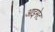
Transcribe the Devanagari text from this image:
आइमेट